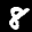
Label: 8